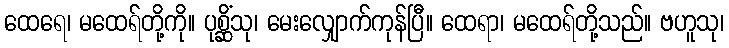
ထေရေ၊ မထေရ်တို့ကို။ ပုစ္ဆိံသု၊ မေးလျှောက်ကုန်ပြီ။ ထေရာ၊ မထေရ်တို့သည်။ ဗဟူသု၊